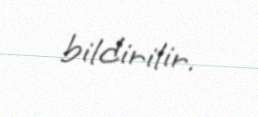
bildirilir.